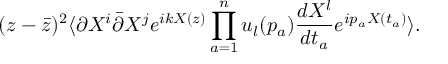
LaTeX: ( z - \bar { z } ) ^ { 2 } \langle \partial X ^ { i } \bar { \partial } X ^ { j } e ^ { i k X ( z ) } \prod _ { a = 1 } ^ { n } u _ { l } ( p _ { a } ) \frac { d X ^ { l } } { d t _ { a } } e ^ { i p _ { a } X ( t _ { a } ) } \rangle .